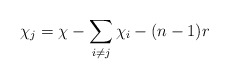
\begin{align*}\chi_j = \chi - \sum\limits_{i \neq j} \chi_i - (n-1)r\end{align*}